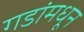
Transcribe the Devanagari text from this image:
गडांमधून